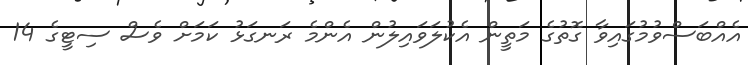
އެއްބަސްވުމުގައިވާ ގޮތުގެ މަތީން އެކުލަވައިލުން އެންމެ ރަނގަޅު ކަމަށް ވެސް ސިޓީގެ 14